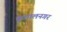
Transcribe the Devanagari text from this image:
कुशालनगर